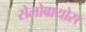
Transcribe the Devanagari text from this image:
सेलोबायोस